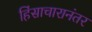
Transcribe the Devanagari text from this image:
हिंसाचारानंतर